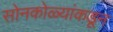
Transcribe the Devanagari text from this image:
सोनकोळ्यांकडून